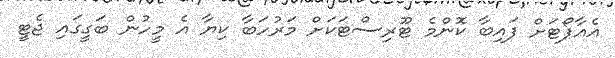
އެއާޕޯޓަށް ފައިބާ ކޮންމެ ޓޫރިސްޓަކަށް މަރުހަބާ ކިޔާ އެ މީހުން ބަގީގައި ޖެޓީ